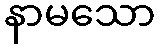
နာမသော